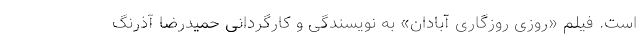
است. فیلم «روزی روزگاری آبادان» به نویسندگی و کارگردانی حمیدرضا آذرنگ